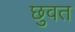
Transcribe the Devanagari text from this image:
छुवत